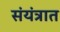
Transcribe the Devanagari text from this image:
संयंत्रात